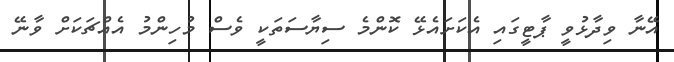
އޭނާ ވިދާޅުވީ ޕާޓީގައި އެކަށައެޅޭ ކޮންމެ ސިޔާސަތަކީ ވެސް މުހިންމު އެއްޗަކަށް ވާނޭ